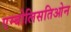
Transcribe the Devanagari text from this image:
एम्बोलिसतिओन